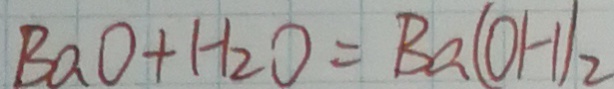
B a O + H _ { 2 } O = B a ( O H ) _ { 2 }